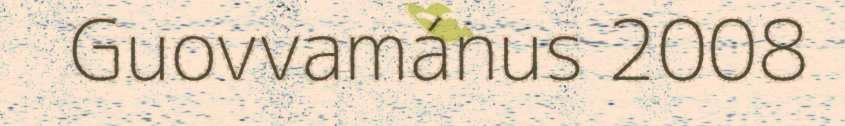
Guovvamánus 2008